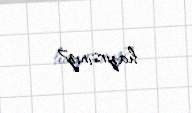
hazırsınız?.